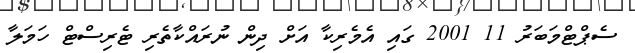
ސެޕްޓްމަބަރު 11 2001 ގައި އެމެރިކާ އަށް ދިން ނުރައްކާތެރި ޓެރިސްޓް ހަމަލާ